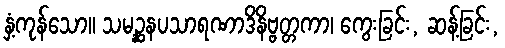
နှံ့ကုန်သော။ သမဉ္ဆနပသာရဏာဒိနိဗ္ဗတ္တကာ၊ ကွေးခြင်း, ဆန့်ခြင်း,